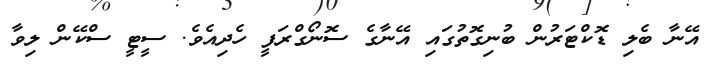
އޭނާ ބެލި ޑޮކްޓަރުން ބުނިގޮތުގައި އޭނާގެ ސޮނޯގްރަފީ ހެދިއެވެ. ސީޓީ ސްކޭން ލިވާ